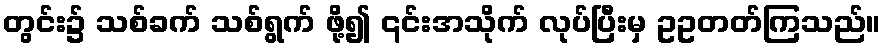
တွင်း၌ သစ်ခက် သစ်ရွက် ဖို့၍ ၎င်းအသိုက် လုပ်ပြီးမှ ဥဥတတ်ကြသည်။